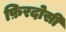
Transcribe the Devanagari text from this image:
फ़िरदोसी